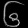
Digit: ၆